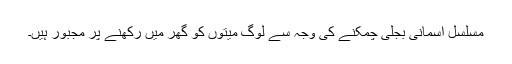
مسلسل آسمانی بجلی چمکنے کی وجہ سے لوگ میتوں کو گھر میں رکھنے پر مجبور ہیں۔